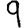
Digit: 9